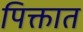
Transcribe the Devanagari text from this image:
पिक्तात